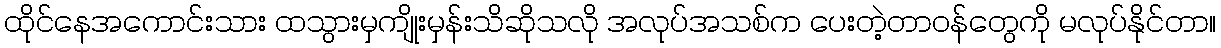
ထိုင်နေအကောင်းသား ထသွားမှကျိုးမှန်းသိဆိုသလို အလုပ်အသစ်က ပေးတဲ့တာဝန်တွေကို မလုပ်နိုင်တာ။